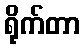
ရိုက်တာ